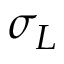
\sigma _ { L }